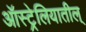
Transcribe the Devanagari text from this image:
ऑस्ट्रेलियातील्